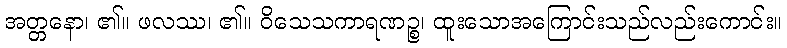
အတ္တနော၊ ၏။ ဖလဿ၊ ၏။ ဝိသေသကာရဏဉ္စ၊ ထူးသောအကြောင်းသည်လည်းကောင်း။